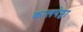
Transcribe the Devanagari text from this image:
कालपेट्टा